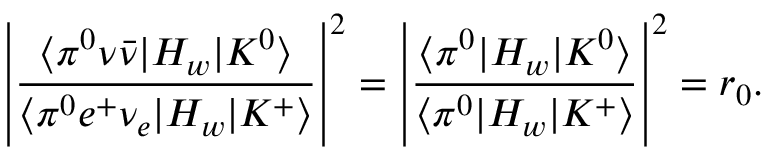
\left| \frac { \langle \pi ^ { 0 } \nu \bar { \nu } | H _ { w } | K ^ { 0 } \rangle } { \langle \pi ^ { 0 } e ^ { + } \nu _ { e } | H _ { w } | K ^ { + } \rangle } \right| ^ { 2 } = \left| \frac { \langle \pi ^ { 0 } | H _ { w } | K ^ { 0 } \rangle } { \langle \pi ^ { 0 } | H _ { w } | K ^ { + } \rangle } \right| ^ { 2 } = r _ { 0 } .